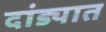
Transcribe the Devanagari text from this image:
दांड्यात